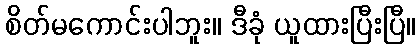
စိတ်မကောင်းပါဘူး။ ဒီခုံ ယူထားပြီးပြီ။